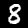
Digit: 8